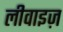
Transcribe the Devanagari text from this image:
लीवाइज़